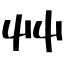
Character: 艸